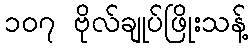
၁၀၇ ဗိုလ်ချုပ်ဖြိုးသန့်